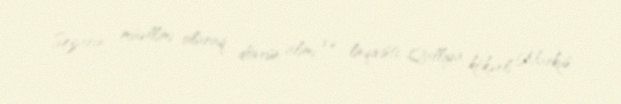
Sezarın müəllimi olaraq dövrün alimi və linqivisti, Qalliya kökənli Markus